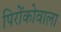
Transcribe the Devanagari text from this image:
पिरोंकोवाला